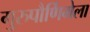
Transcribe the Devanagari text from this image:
गुरुपौर्णिमेला